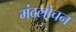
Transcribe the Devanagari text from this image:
मंदलोचन